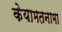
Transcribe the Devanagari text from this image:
केयामतनामा